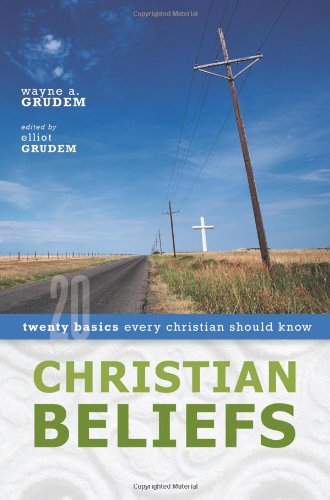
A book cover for Christian Beliefs: Twenty Basics Every Christian Should Know; Wayne Grudem; Christian Books & Bibles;